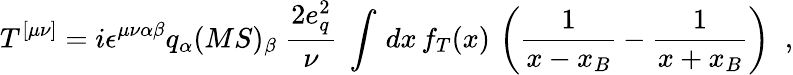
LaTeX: T^{[\mu\nu]}=i\epsilon^{\mu\nu\alpha\beta}q_{\alpha}(MS)_{\beta}\; {\frac{2e_{q}^{2}}{\nu}}\; \int\, dx\, f_{T}(x)\, \left({\frac{1}{x-x_{B}}}-{\frac{1}{x+x_{B}}}\right)\; \; ,